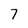
Character: 7